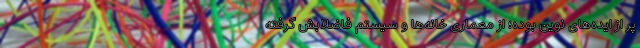
پر از ایده‌های نوین بوده؛ از معماری خانه‌ها و سیستم فاضلابش گرفته